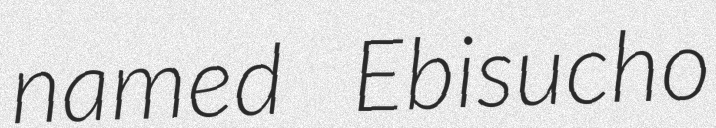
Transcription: named Ebisucho